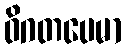
ဝိဂတပေမာ